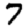
Digit: 7